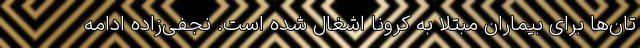
تان‌ها برای بیماران مبتلا به کرونا اشغال شده است. نجفی‌زاده ادامه